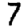
Digit: 7